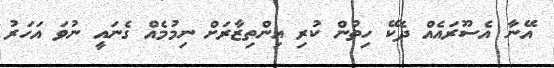
އޭނާ އެސޫރައެއް ދެކޭ ހިތުން ކުރި އިންތިޒާރަށް ނިމުމެއް ގެނައީ ނުވަ އަހަރު